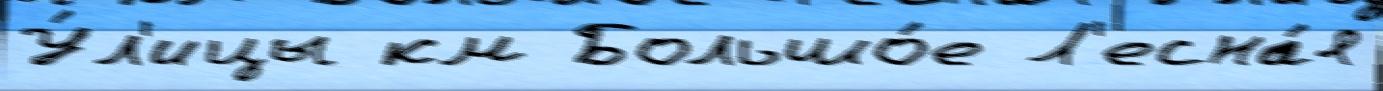
У́л'ицы км Большо́е Л'есна́я